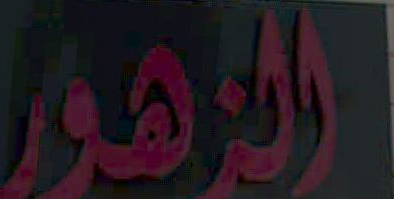
المهم